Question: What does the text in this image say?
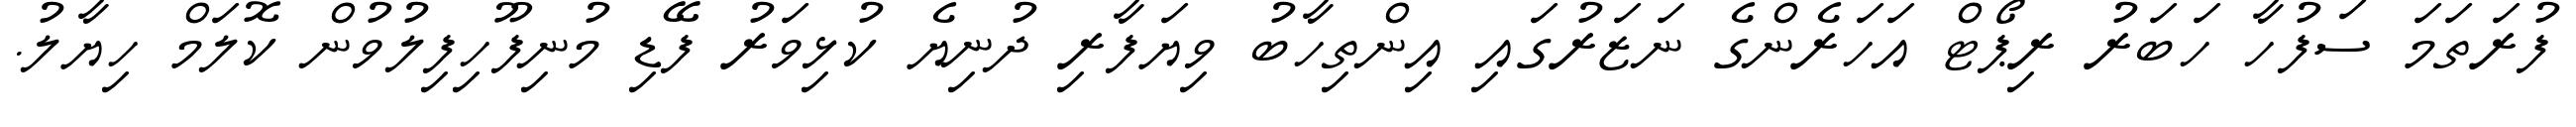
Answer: ފުރަތަމަ ސަފުހާ ހަބަރު ރިޕޯޓް އަހަރެންގެ ނަޒަރުގައި އިންތިހާބު ވިޔަފާރި ދުނިޔެ ކުޅިވަރު ފޭޑި މުނިފޫހިފިލުވުން ކޮލަމް ހިޔާލު.